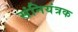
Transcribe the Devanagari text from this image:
संनियंत्रक